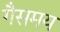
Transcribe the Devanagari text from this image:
गैसमय